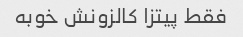
فقط پیتزا کالزونش خوبه